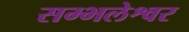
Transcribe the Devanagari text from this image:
सम्भलेश्वर